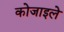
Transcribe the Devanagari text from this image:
कोजाइले